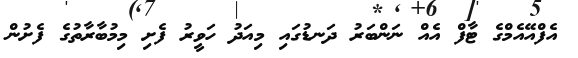
އެފްއޭއެމްގެ ޓާފް އެއް ނަންބަރު ދަނޑުގައި މިއަދު ހަވީރު ފެށި މިމުބާރާތުގެ ފެށުން